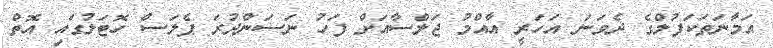
އަމާނަތަކަފުލްގެ ދެވަނަ އަހަރީ އާއްމު ޖަލްސާއަށް ފަހު ނަސަންދުރަ ޕެލަސް ހޮޓަލުގައި އޮތް